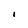
Character: I